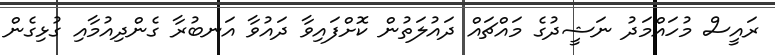
ރައީސް މުހައްމަދު ނަޝީދުގެ މައްޗައް ދައުލަތުން ކޮށްފައިވާ ދައުވާ އަނބުރާ ގެންދިއުމާއި ގުޅިގެން